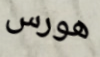
هورس